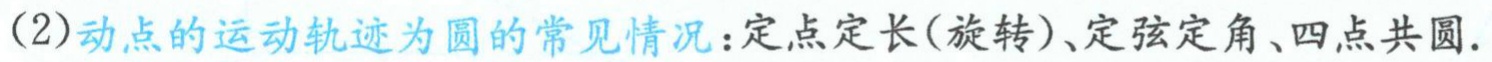
(2)动点的运动轨迹为圆的常见情况：定点定长(旋转)、定弦定角、四点共圆.